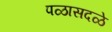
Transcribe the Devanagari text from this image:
पळासदळे